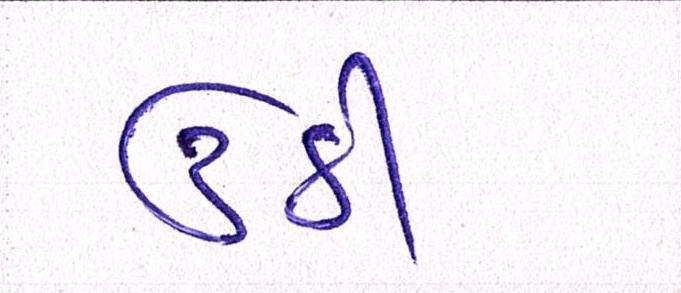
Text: ઉઠી